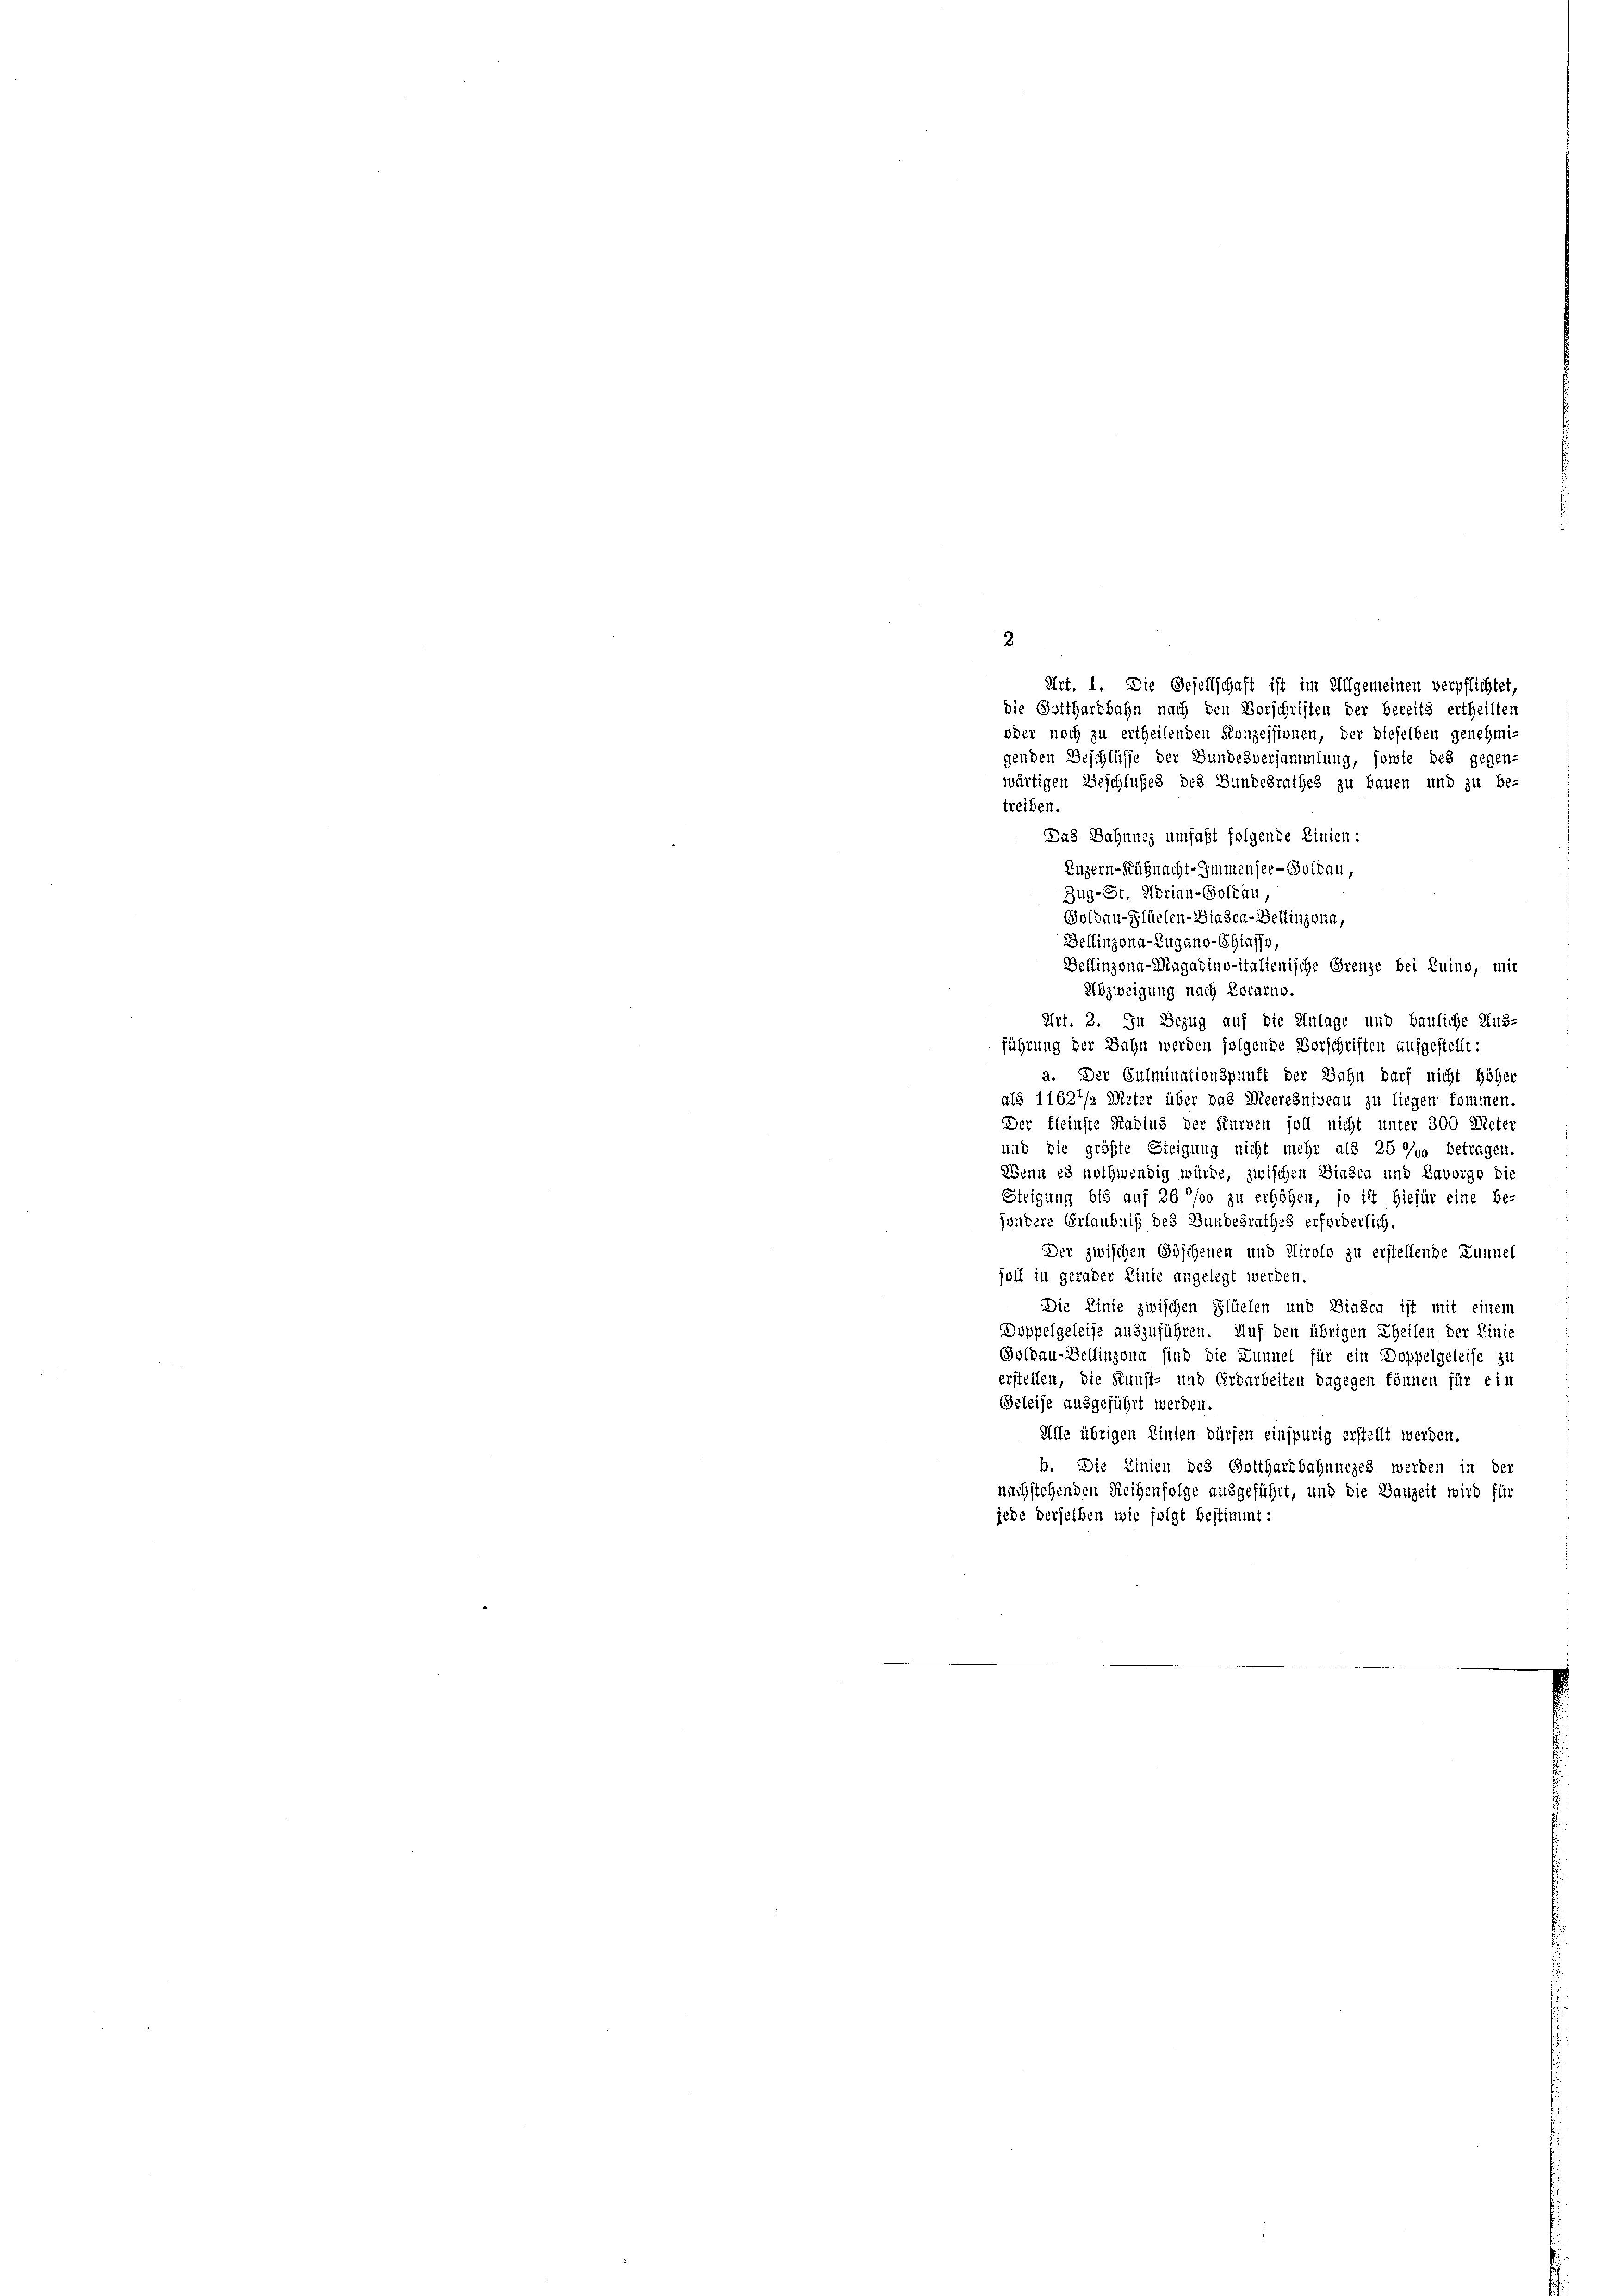
.

Art. 1. Die Gesellschaft ist im Allgemeinen verpflichtet,
die Gotthardbahn nach den Vorschriften der bereits ertheilten
oder noch zu ertheilenden Konzessionen, der dieselben genehmi-
genden Beschlüsse der Bundesversammlung, sowie des gegen-
wärtigen Beschlußes des Bundesrathes zu bauen und zu be-
treiben
Das Dahnnes umfaßt folgende Linien:
Luzern-Küßnacht-Immensee-Goldau,
Zug-St. Adrian-Goldau,
Goldau-Glüelen- Biasca-Bellinzona,
Bellinzona-Zugano-Chiasso,
Bellinzona-Magadino-italienische Grenze bei Luino, mit
Abzweigung nach Locarno.
Art. 2. In Bezug auf die Anlage und bauliche Aus-
führung der Bahn werden folgende Vorschriften aufgestellt:
a. Der Culminationspunft der Bahn darf nicht höher
als 11627/2 Meter über das Meeresniveau zu liegen kommen.
Der fleinste Radius der Kurven soll nicht unter 300 Meter
und die größte Steigung nicht mehr als 25 % betragen.
Wenn es nothwendig würde, zwischen Bindca und Lavorgo die
Steigung bis auf 26 °/00 zu erhöhen, so ist hiefür eine be-
jondere Erlaubniß des Bundesrathes erforderlich.
Der zwischen Göschenen und Airolo zu erstellende Lunnel
soll in gerader Linie angelegt werden.
Die Linie zwischen Flüelen und Biasca ist mit einem
Doppelgeleise auszuführen. Auf den übrigen Theilen der Linie
Goldau-Bellinzona sind die Lunnel für ein Doppelgeleise zu
erstellen, die Kunst- und Erdarbeiten dagegen können für ein
Geleise ausgeführt werden.
Affe übrigen Linien dürfen einspurig erstellt werden.
b. Die Linien des Gotthardbahnneges werden in der
nachstehenden Reihenfolge ausgeführt, und die Bauzeit wird für
jede derselben wie folgt bestimmt: